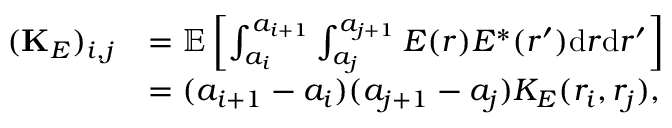
\begin{array} { r l } { ( { \bf K } _ { E } ) _ { i , j } } & { = { \mathbb E } \left[ \int _ { a _ { i } } ^ { a _ { i + 1 } } \int _ { a _ { j } } ^ { a _ { j + 1 } } E ( r ) E ^ { * } ( r ^ { \prime } ) \mathrm { d } r \mathrm { d } r ^ { \prime } \right] } \\ & { = ( a _ { i + 1 } - a _ { i } ) ( a _ { j + 1 } - a _ { j } ) K _ { E } ( r _ { i } , r _ { j } ) , } \end{array}